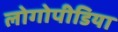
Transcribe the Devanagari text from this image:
लोगोपीडिया